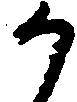
か